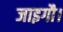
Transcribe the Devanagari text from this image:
जाइगौ।